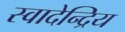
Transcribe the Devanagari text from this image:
स्वादेन्द्रिय